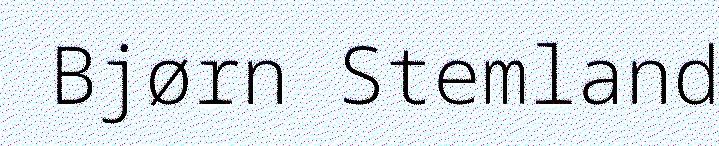
Bjørn Stemland